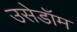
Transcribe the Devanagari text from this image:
उसेडॉम